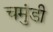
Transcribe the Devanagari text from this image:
चमुंडी